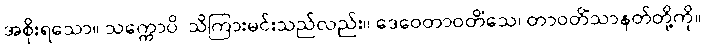
အစိုးရသော။ သက္ကောပိ၊ သိကြားမင်းသည်လည်း။ ဒေဝေတာဝတိံသေ၊ တာဝတိံသာနတ်တို့ကို။